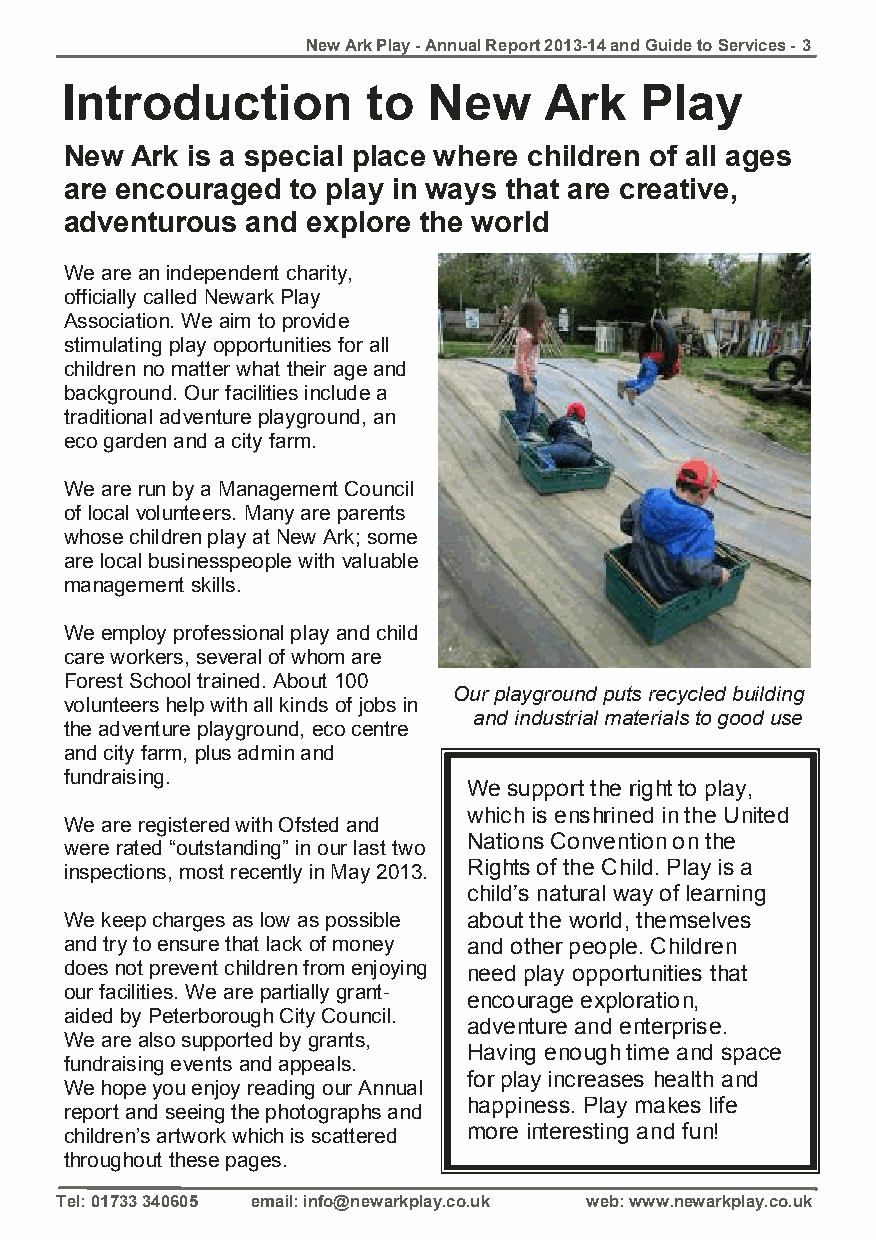
New Ark Play - Annual Report 2013-14 and Guide to Services - 3
 Introduction        to  New     Ark   Play
 New  Ark is a special place where children of all ages
 are encouraged to play in ways that are creative,
 adventurous and explore the world
 We are an independent charity,
 officially called Newark Play
 Association. We aim to provide
 stimulating play opportunities for all
 children no matter what their age and
 background. Our facilities include a
 traditional adventure playground, an
 eco garden and a city farm.
 We are run by a Management Council
 of local volunteers. Many are parents
 whose children play at New Ark; some
 are local businesspeople with valuable
 management skills.
 We employ professional play and child
 care workers, several of whom are
 Forest School trained. About 100
 Our playground puts recycled building
 volunteers help with all kinds of jobs in
 and industrial materials to good use
 the adventure playground, eco centre
 and city farm, plus admin and
 fundraising.
 We support the right to play,
 which is enshrined in the United
 We are registered with Ofsted and
 Nations Convention on the
 were rated “outstanding” in our last two
 inspections, most recently in May 2013. Rights of the Child. Play is a
 child’s natural way of learning
 We keep charges as low as possible about the world, themselves
 and try to ensure that lack of money and other people. Children
 does not prevent children from enjoying need play opportunities that
 our facilities. We are partially grant-
 encourage exploration,
 aided by Peterborough City Council.
 adventure and enterprise.
 We are also supported by grants,
 Having enough time and space
 fundraising events and appeals.
 for play increases health and
 We hope you enjoy reading our Annual
 happiness. Play makes life
 report and seeing the photographs and
 children’s artwork which is scattered more interesting and fun!
 throughout these pages.
 Tel: 01733 340605 email: info@newarkplay.co.uk web: www.newarkplay.co.uk